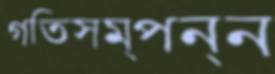
গতিসম্পন্ন